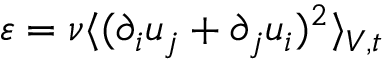
\varepsilon = \nu \langle ( \partial _ { i } u _ { j } + \partial _ { j } u _ { i } ) ^ { 2 } \rangle _ { V , t }